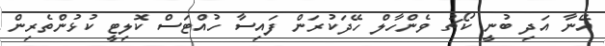
އޭނާ އަދި ބުނީ ކޯޗު ވެންހާލް ހޭދަކުރަން ފައިސާ ހުއްޓަސް ކޮލިޓީ ކުޅުންތެރިން